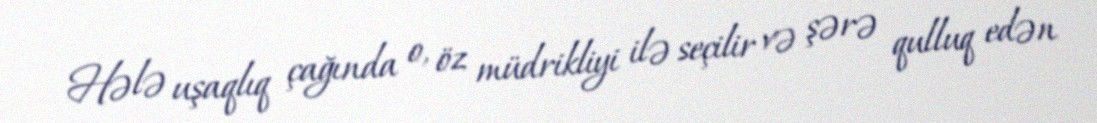
Hələ uşaqlıq çağında o, öz müdrikliyi ilə seçilir və şərə qulluq edən